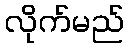
လိုက်မည်